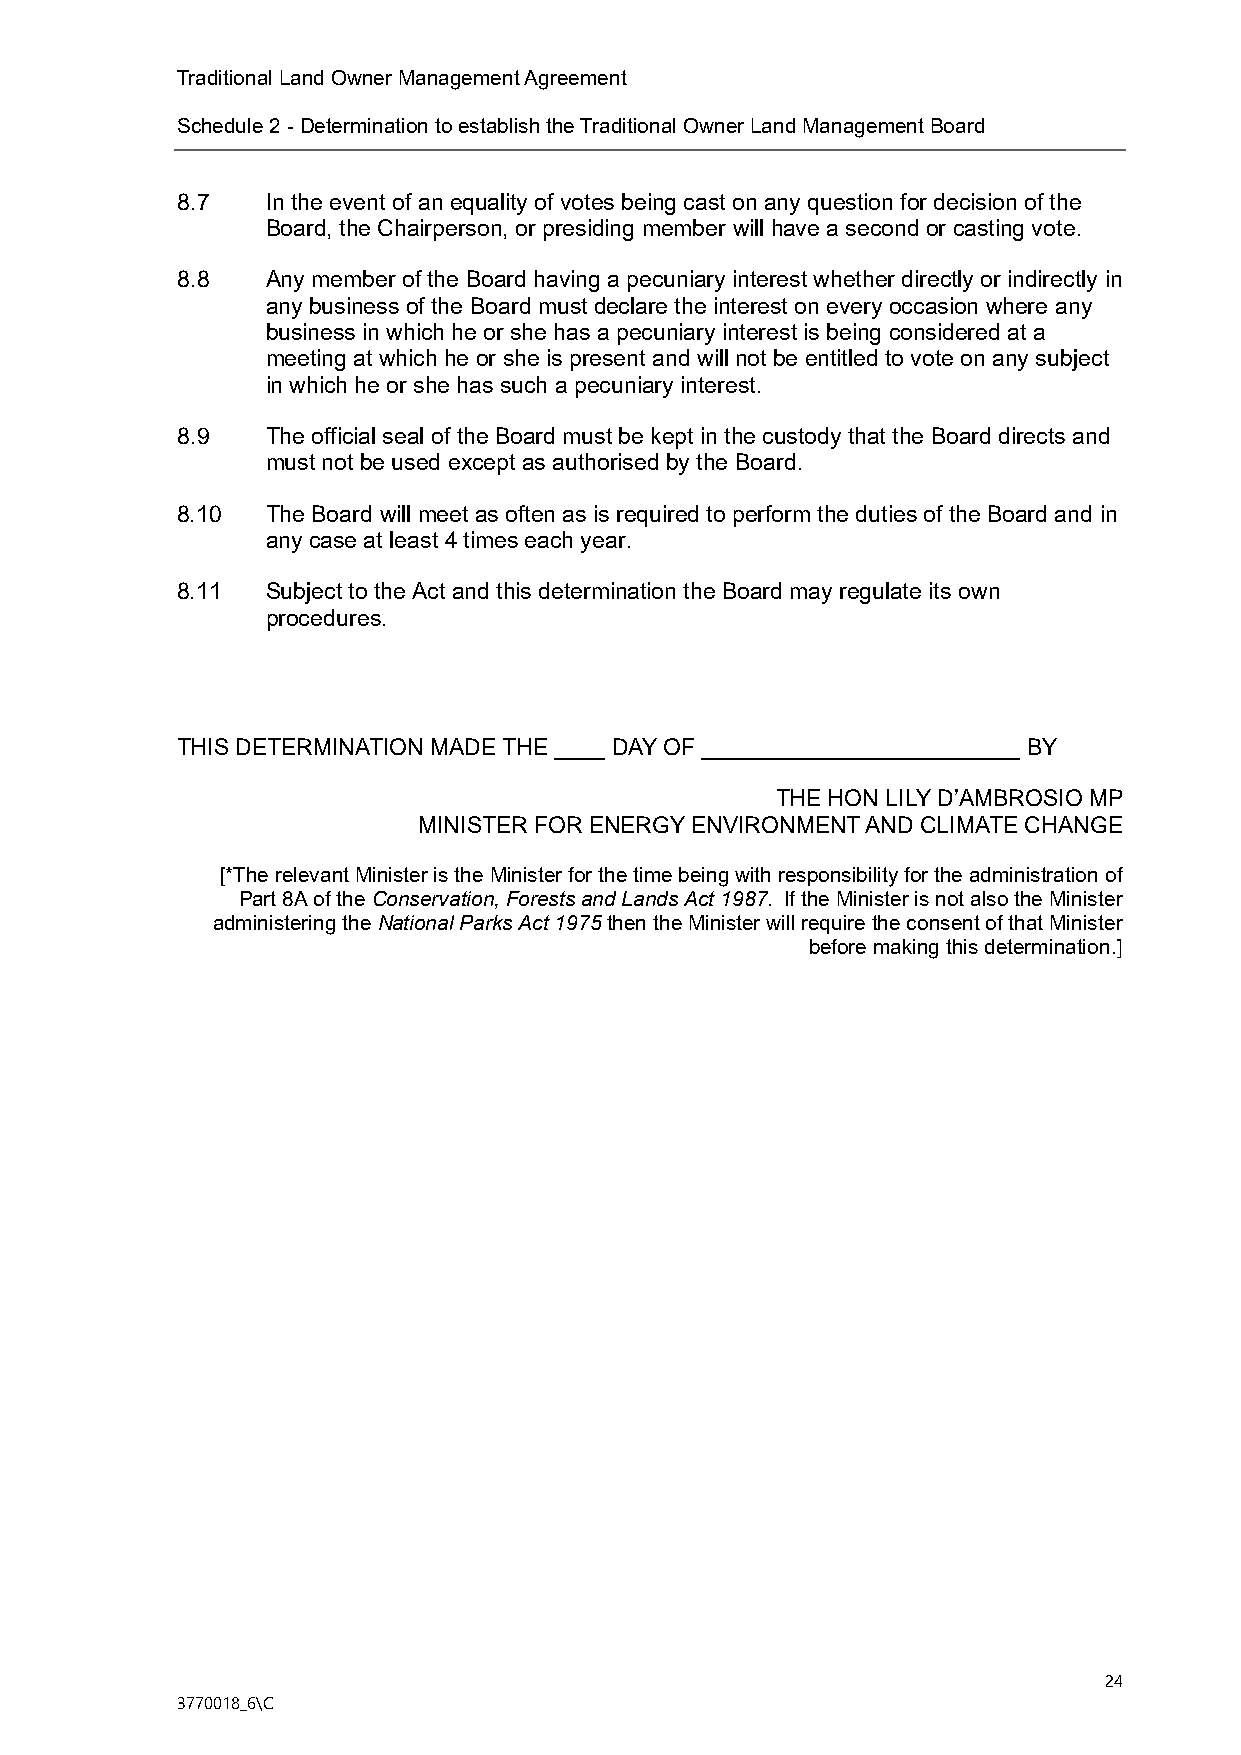
Traditional Land Owner Management Agreement
 Schedule 2 - Determination to establish the Traditional Owner Land Management Board
 8.7   In the event of an equality of votes being cast on any question for decision of the
 Board, the Chairperson, or presiding member will have a second or casting vote.
 8.8   Any member of the Board having a pecuniary interest whether directly or indirectly in
 any business of the Board must declare the interest on every occasion where any
 business in which he or she has a pecuniary interest is being considered at a
 meeting at which he or she is present and will not be entitled to vote on any subject
 in which he or she has such a pecuniary interest.
 8.9   The official seal of the Board must be kept in the custody that the Board directs and
 must not be used except as authorised by the Board.
 8.10  The Board will meet as often as is required to perform the duties of the Board and in
 any case at least 4 times each year.
 8.11  Subject to the Act and this determination the Board may regulate its own
 procedures.
 THIS DETERMINATION MADE THE ____ DAY OF _________________________ BY
 THE HON LILY D’AMBROSIO MP
 MINISTER FOR ENERGY ENVIRONMENT AND CLIMATE CHANGE
 [*The relevant Minister is the Minister for the time being with responsibility for the administration of
 Part 8A of the Conservation, Forests and Lands Act 1987. If the Minister is not also the Minister
 administering the National Parks Act 1975 then the Minister will require the consent of that Minister
 before making this determination.]
 24
 3770018_6\C